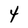
Character: 4